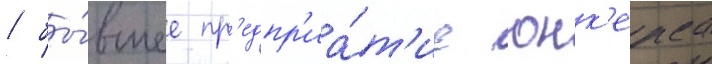
/ бы́вшее пр'едпр'иа́т'ие юнк'ерса